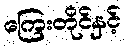
ကြေးတိုင်နှင့်